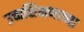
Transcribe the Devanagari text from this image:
उच्चशिक्षणाच्या